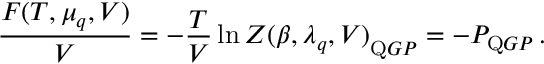
\frac { { \cal F } ( T , \mu _ { q } , V ) } { V } = - \frac { T } { V } \ln { { \cal Z } ( \beta , \lambda _ { q } , V ) } _ { \mathrm Q G P } = - P _ { \mathrm Q G P } \, .